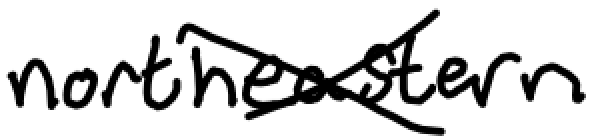
Text: northeastern
Cross-out: cross
Writing tool: digital_black